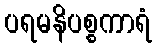
ပရမနိပစ္စကာရံ